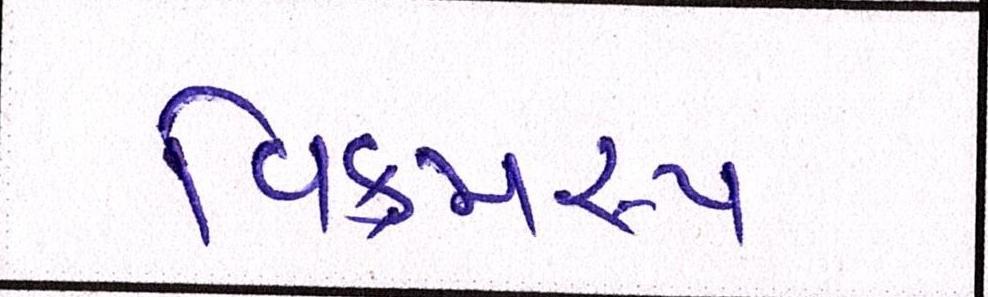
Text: વિક્રમરૃપ